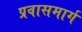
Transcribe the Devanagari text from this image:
प्रवासमार्ग